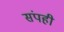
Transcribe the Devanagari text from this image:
संपही